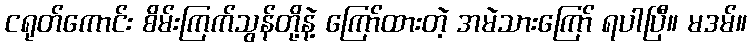
ငရုတ်ကောင်း စိမ်းကြက်သွန်တို့နဲ့ ကြော်ထားတဲ့ အမဲသားကြော် ရပါပြီ။ မဒမ်။